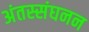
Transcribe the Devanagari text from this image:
अंतस्संघनन